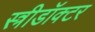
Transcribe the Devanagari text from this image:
स्त्रीडॉक्टर